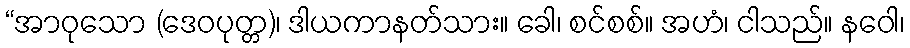
“အာဝုသော (ဒေဝပုတ္တ)၊ ဒါယကာနတ်သား။ ခေါ၊ စင်စစ်။ အဟံ၊ ငါသည်။ နဝေါ၊